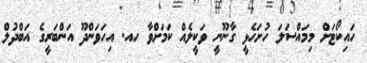
ހައިކޯޓަށް މިމައްސަލަ ހުށަހެޅީ ގާނޫނީ ވަކީލެއް ކަމަށްވާ ހއ. އިހަވަންދޫ އަންބަރީގެ އަބްދުލް